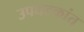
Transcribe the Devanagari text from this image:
उपघटकांत